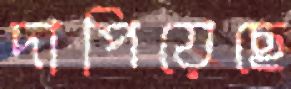
দাপিয়েছে